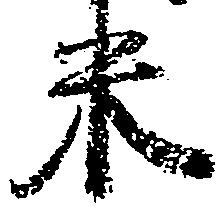
米